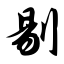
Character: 剔